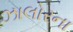
ઝાલોરના